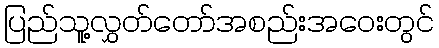
ပြည်သူ့လွှတ်တော်အစည်းအဝေးတွင်